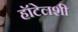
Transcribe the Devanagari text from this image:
हॉटेलशी